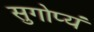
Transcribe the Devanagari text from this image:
सुगोप्यं